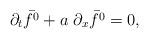
LaTeX: \begin{align*}\partial_t \bar{f^0} + a \; \partial_x \bar{f^0} = 0,\end{align*}